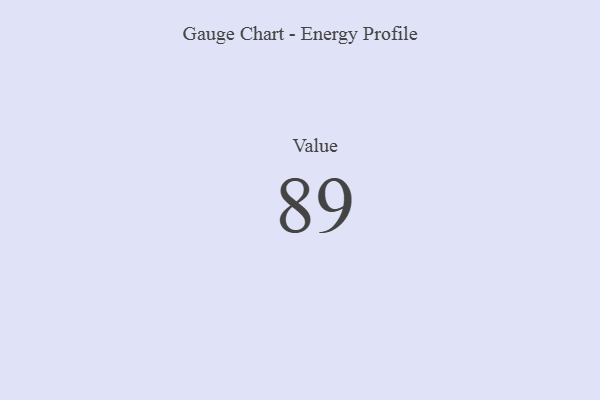
{"axis": {"x": "Metric", "y": "Value"}, "legend": [""], "data": [{"x": "Value", "y": 89, "type": ""}]}